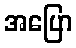
အပြော